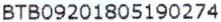
BTB09201805190274